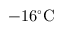
- 1 6 ^ { \circ } \mathrm { C }